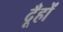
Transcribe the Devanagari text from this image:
दूँहों